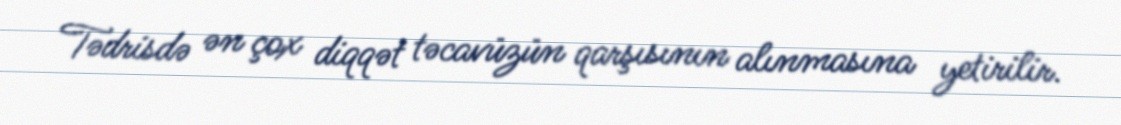
Tədrisdə ən çox diqqət təcavüzün qarşısının alınmasına yetirilir.